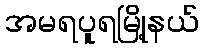
အမရပူရမြို့နယ်